Annual administration report of the Civil Veterinary Department of India - 1896-1897
Year: 1896
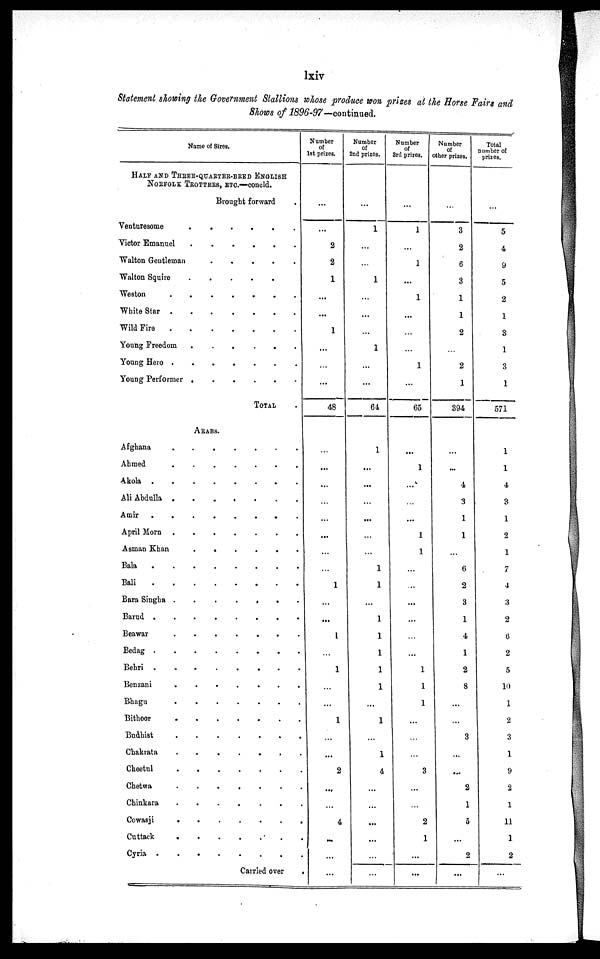
lxiv
Statement showing the Government Stallions whose produce won prizes at the Horse Fairs and
Shows of 1896-97—continued.
Name of Sires.
HALE AND THREE-QUARTER-BRED ENGLISH
NORFOLK TROTTERS, ETC.—concld.
Brought forward
Venturesome
.
.
.
.
.
.
Victor Emanuel
.
.
.
.
.
.
Walton Gentleman
.
.
.
.
.
.
Walton Squire
.
.
.
.
.
Weston
.
.
.
.
.
.
White Star . . . . . . .
Wild Fire
.
.
.
.
.
.
Young Freedom
.
.
.
.
.
.
Young Hero . . . . . .
Young Performer . . . . . .
TOTAL
ARABS.
Afghana . . . . . .
Ahmed
.
.
.
.
.
.
Akola
.
.
.
.
.
.
Ali Abdulla
.
.
.
.
.
.
Amir.
.
.
.
.
.
.
.
April Morn
.
.
.
.
.
.
Asman Khan
.
.
.
.
.
.
Bala
.
.
.
.
.
.
Bali
.
.
.
.
.
.
Bara Singha .
.
.
.
.
. .
Barud .
.
.
.
.
.
.
Beawar
.
.
.
.
.
.
Bedag
.
.
.
.
.
.
Behri
.
.
.
.
.
.
Benzani
.
.
.
.
.
.
Bhagu
.
.
.
.
.
.
Bithoor
.
.
.
.
.
.
Budhist
.
.
.
.
.
.
Chakrata
.
.
.
.
.
.
Cheetul
.
.
.
.
.
.
Chetwa
.
.
.
.
.
.
Chinkara
.
.
.
.
.
.
Cowasji
.
.
.
.
.
.
Cuttack
.
.
.
.
.
.
Cyria
.
.
.
.
.
.
Carried over .
Number
of
1st prizes.
...
...
2
2
1
...
...
1
...
...
...
48
...
...
...
...
...
...
...
...
1
...
...
1
...
1
...
...
1
...
...
2
...
...
4
...
...
...
Number
of
2nd prizes.
...
1
...
...
1
...
...
...
1
...
...
64
1
...
...
...
...
...
...
1
1
...
1
1
1
1
1
...
1
...
1
4
...
...
...
...
...
...
Number
of
3rd
prizes.
...
1
...
1
...
1
...
...
...
1
...
65
...
1
...
...
...
1
1
...
...
...
...
...
...
1
1
1
...
...
...
3
...
...
2
1
...
...
Number
of
other prizes.
...
3
2
6
3
1
1
2
...
2
1
394
...
...
4
3
1
1
...
6
2
3
1
4
1
2
8
...
...
3
...
...
2
1
5
...
2
...
Total
number of
prizes.
...
5
4
9
5
2
1
3
1
3
1
571
1
1
4
3
1
2
1
7
4
3
2
6
2
5
10
1
2
3
1
9
2
1
11
1
2
...